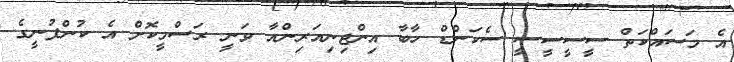
އެ މަސައްކަތް ސީސީސީސީ ސެކަންޑް ހާބާ އިންޖިނިއަރިންއާ ވަނީ ރަސްމީކޮށް އެ ކުންފުނީގެ